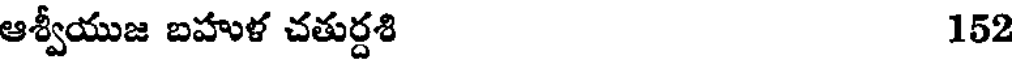
ఆశ్వీయుజ బహుళ చతుర్దశి 152